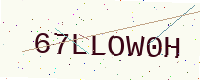
Text: 67LLOW0H